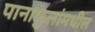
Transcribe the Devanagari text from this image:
पानाफुलांमधील